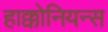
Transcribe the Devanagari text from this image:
हाक्कोनियन्स